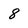
Character: 8